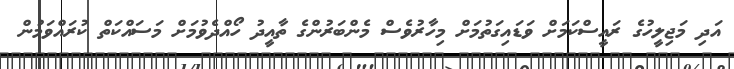
އަދި މަޖިލީހުގެ ރައީސްކަމަށް ވަޑައިގަތުމަށް މިހާރުވެސް މެންބަރުންގެ ތާއީދު ހޯއްދެވުމަށް މަސައްކަތް ކުރައްވަމުން